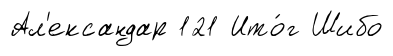
Ал'ександар 121 Ито́г Шибо